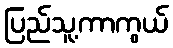
ပြည်သူ့ကာကွယ်